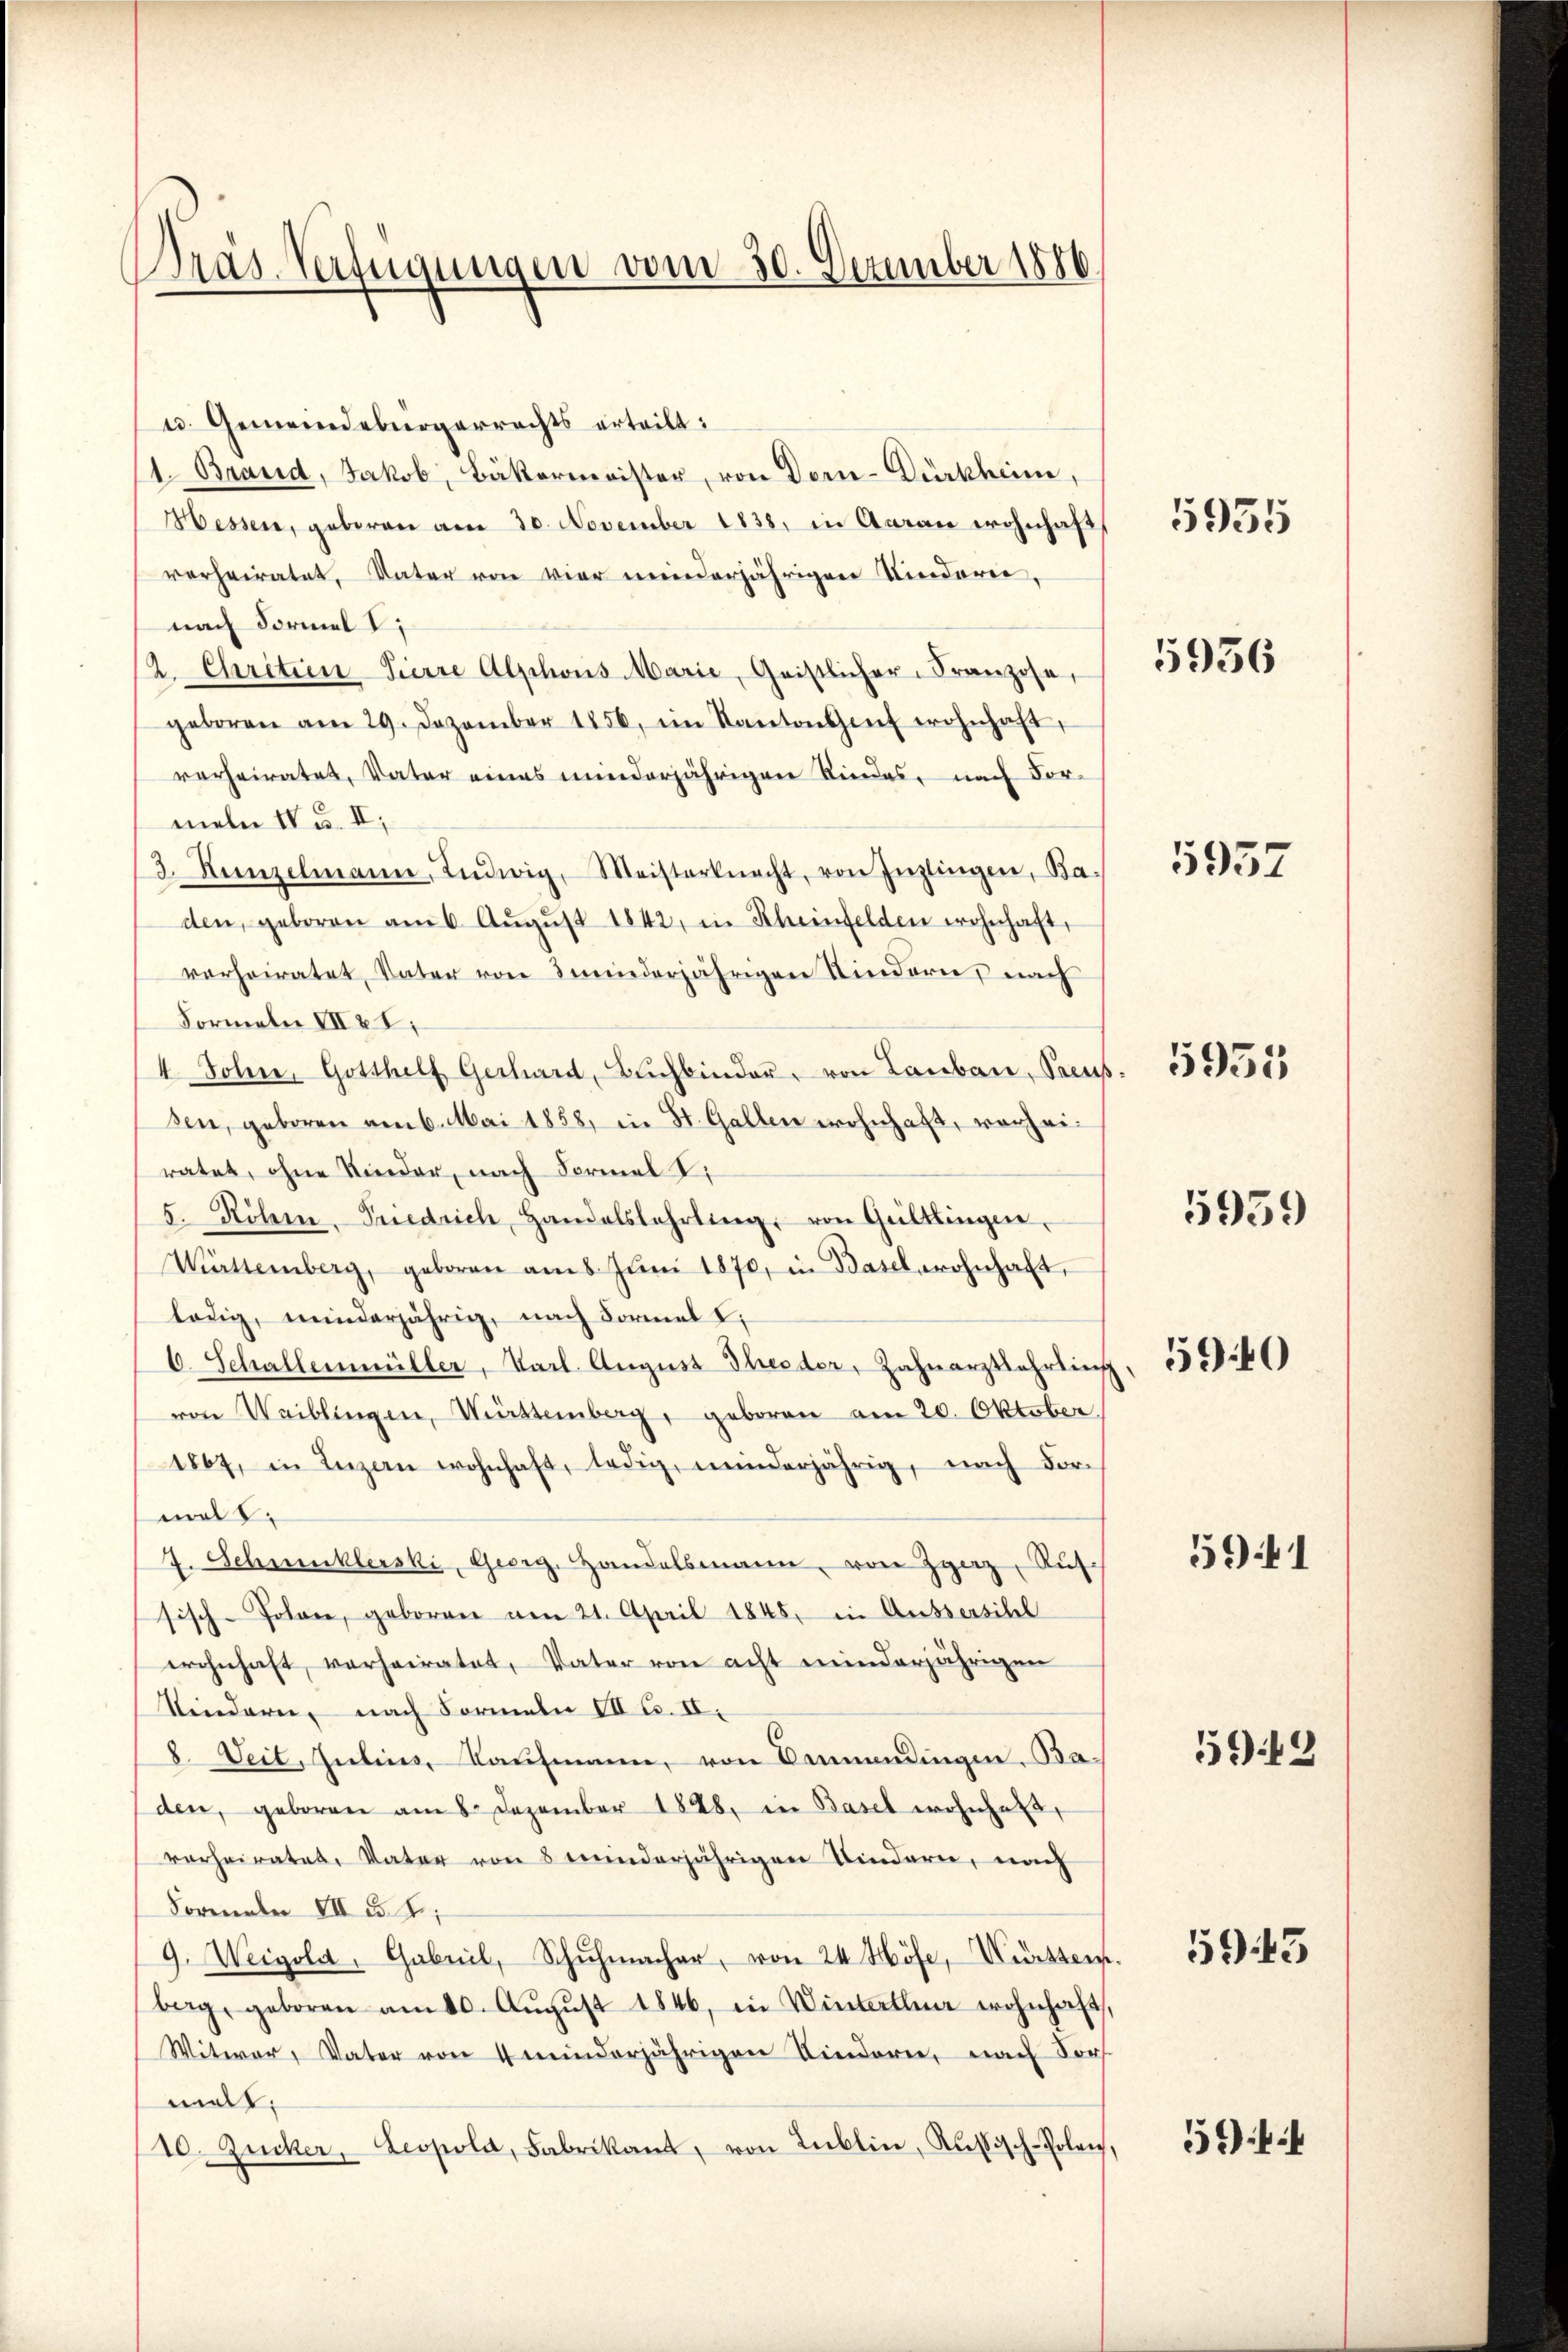
Dräs-Verfügungen vom 30. Dezember 1886

u. Gemeindebürgerrechts erteilt:
1. Brand, Jakob, Bäkermeister, von Dorn-Dürkheim,
Hessen, geboren am 30. November 1838, in Garan wohnhaft
verheiratet, Vater von vier meinderjährigen Niederer,
nach Formel I
2. Chritten Pierre Alphons Marie, Geistlicher-Franzose,
geboren am 29. Dezember 1856, im Kantonshof wohnhaft,
verheiratet, Vater eines minderjährigen Kindes, nach Vormeln IV u. II,
3. Kunzelmann, Ludwig, Meisternacht, von Inzlingen, Ba-
den, geboren am 6. Aŭgŭst 1842, in Rheinfelden wohnhaft,
verheiratet, Vater von minderjährigen Kindern, nach
Formeln VII 28.
4 John, Gotthelf Gerhard, Buchbinder, von Lauban, Preus
sen, geboren am 6. Mai 1858, in St. Gallen wohnhaft, verzeiratet, ohne Kinder, nach Formel V
5. Röhm. Friedrich, Handelslehrling, von Geltlingen.
Württemberg, geboren am 8. Jŭni 1870, in Basel wohnhaft,
lödig, minderjährig, nach Formel I
C. Schallenmüller, Karl. August Theeder, Zahnarztbehrlich
von Waiblingen, Württemberg, geboren am 20. Oktober
1867, in Inzen wohnhaft, ledig, minderjährig, nach For-
malt
7. Schwinklerski, Georg, Handelsmann, von Herz, Russisch-Johann, geboren am 21. April 1845, in Aussersihl
wohnhaft, verheiratet, Vater von acht minderjährigen
Seideren, nach Formeln VII S. II.
8. Veit, Julius, Kaufmann, von Beendingen. Ba
den, geboren am 8. Dezember 1848, in Basel wohnhaft,
verheiratet, Vater von 8 minderjährigen Kindern, nach
November III S. 2
9. Weigola, Gabril, Schŭhmacher, von 24 Höfe, Württem
berg, geboren am 20. Aŭgŭst 1846, in Winterthun wohnhaft,
Witwer, Vater von 4 minderjährigen Kindern, nach Vors
malt.
10. Zucker, Leopold, Fabrikant, von Lublin, Russisch-Polen,

5935

5956

5937

5955

5959

5940

5941

5949

5943

5